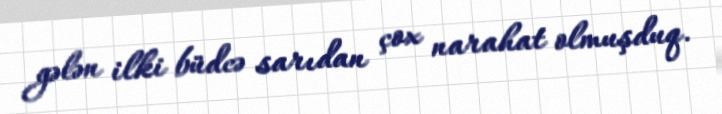
gələn ilki büdcə sarıdan çox narahat olmuşduq.